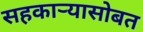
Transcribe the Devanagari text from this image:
सहकाऱ्यासोबत